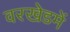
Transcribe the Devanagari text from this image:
वरखेडमें